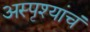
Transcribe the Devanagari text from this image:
अस्पृश्यांचं